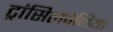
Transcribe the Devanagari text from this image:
ट्रांसिलवेनिया